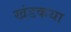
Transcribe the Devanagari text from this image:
खंडकथा